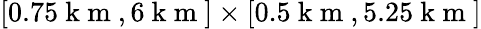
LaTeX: [0.75\mathrm{~k~m~},6\mathrm{~k~m~}]\times[0.5\mathrm{~k~m~},5.25\mathrm{~k~m~}]